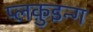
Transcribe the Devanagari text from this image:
प्लक़ुइन्ग